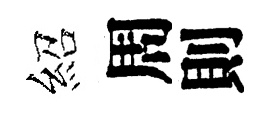
紹周則